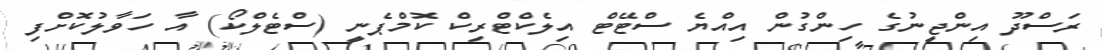
ރަސްދޫ އިންޖީނުގެ ހިންގުން އިއްޔެ ސްޓޭޓް އިލެކްޓްރިކް ކޮމްޕެނީ (ސްޓެލްކޯ) އާ ހަވާލުކޮށްފި